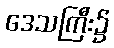
ဒေသကြီး၌